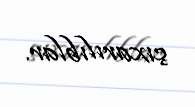
çıxarılıblar.